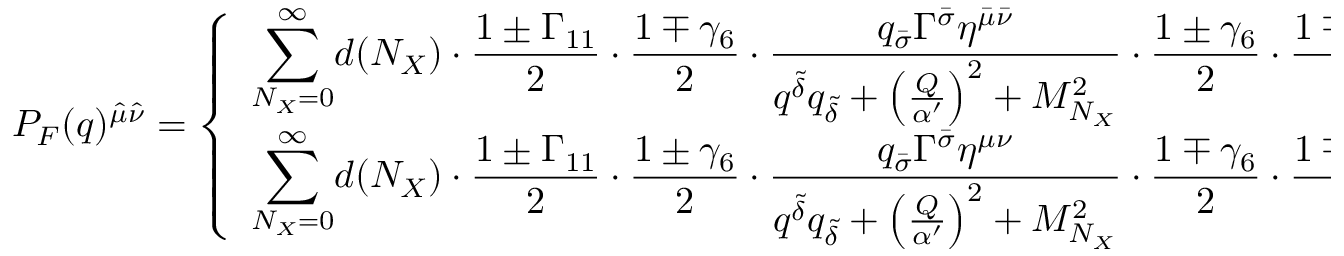
P _ { F } ( q ) ^ { { \hat { \mu } } { \hat { \nu } } } = \left\{ \begin{array} { l } { { \displaystyle { \sum _ { N _ { X } = 0 } ^ { \infty } } d ( N _ { X } ) \cdot { \frac { 1 \pm \Gamma _ { 1 1 } } { 2 } } \cdot { \frac { 1 \mp \gamma _ { 6 } } { 2 } } \cdot { \frac { q _ { \bar { \sigma } } \Gamma ^ { \bar { \sigma } } \eta ^ { { \bar { \mu } } { \bar { \nu } } } } { q ^ { \tilde { \delta } } q _ { \tilde { \delta } } + \left( { \frac { Q } { \alpha ^ { \prime } } } \right) ^ { 2 } + M _ { N _ { X } } ^ { 2 } } } \cdot { \frac { 1 \pm \gamma _ { 6 } } { 2 } } \cdot { \frac { 1 \mp \Gamma _ { 1 1 } } { 2 } } } } \\ { { \displaystyle { \sum _ { N _ { X } = 0 } ^ { \infty } } d ( N _ { X } ) \cdot { \frac { 1 \pm \Gamma _ { 1 1 } } { 2 } } \cdot { \frac { 1 \pm \gamma _ { 6 } } { 2 } } \cdot { \frac { q _ { \bar { \sigma } } \Gamma ^ { \bar { \sigma } } \eta ^ { { \mu } { \nu } } } { q ^ { \tilde { \delta } } q _ { \tilde { \delta } } + \left( { \frac { Q } { \alpha ^ { \prime } } } \right) ^ { 2 } + M _ { N _ { X } } ^ { 2 } } } \cdot { \frac { 1 \mp \gamma _ { 6 } } { 2 } } \cdot { \frac { 1 \mp \Gamma _ { 1 1 } } { 2 } } } } \end{array} \right.